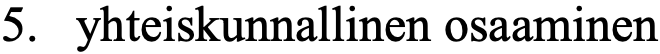
5. yhteiskunnallinen osaaminen